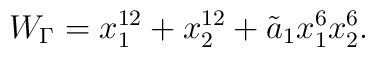
W_{\Gamma}=x_1^{12}+x_2^{12}+{\tilde a_1}x_1^6x_2^6.